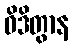
ဝိဒိတွာန